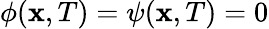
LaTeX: \phi(\mathbf{x},T)=\psi(\mathbf{x},T)=0